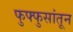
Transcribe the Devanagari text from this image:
फुफ्फुसांतून